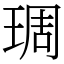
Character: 琱